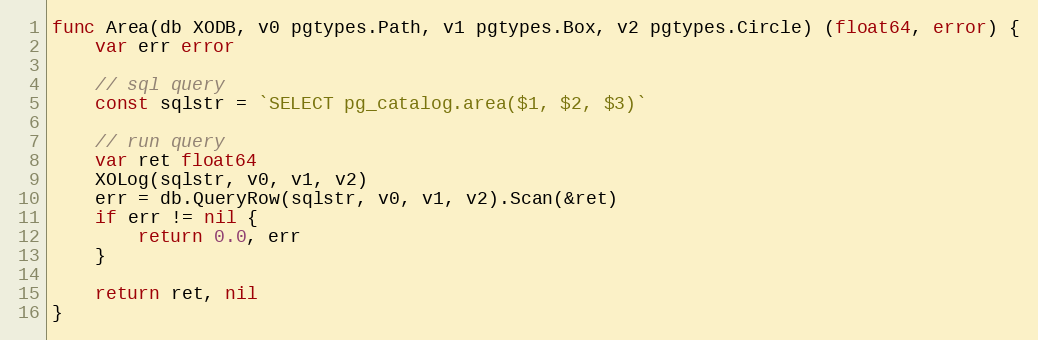
Language: Go
func Area(db XODB, v0 pgtypes.Path, v1 pgtypes.Box, v2 pgtypes.Circle) (float64, error) {
	var err error

	// sql query
	const sqlstr = `SELECT pg_catalog.area($1, $2, $3)`

	// run query
	var ret float64
	XOLog(sqlstr, v0, v1, v2)
	err = db.QueryRow(sqlstr, v0, v1, v2).Scan(&ret)
	if err != nil {
		return 0.0, err
	}

	return ret, nil
}